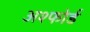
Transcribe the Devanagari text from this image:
अश्फोर्ड